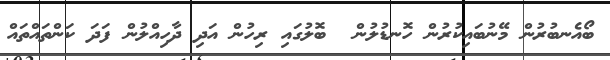
ބޯއެނބުރުން މޭނުބައިކުރުން ހޮނޑުލުން  ބޮލުގައި ރިހުން އަދި ދާހިއްލުން ފަދަ ކަންތައްތައް